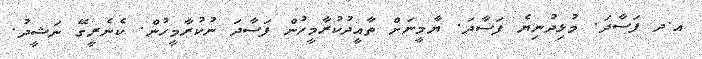
އ.ދ ފަސާދަ. މުޅިދުނިޔެ ފަސާދަ. ޔާމީނަށް ތާއީދުކުރާމީހުން ފަސާދަ ނުކުރާމީހުން. ކެނެރީގޭ ނަޝީދު.